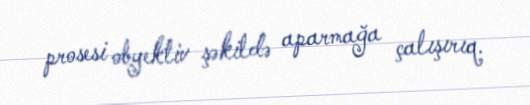
prosesi obyektiv şəkildə aparmağa çalışırıq.